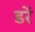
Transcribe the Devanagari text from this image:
डरें